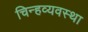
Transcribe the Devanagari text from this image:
चिन्हव्यवस्था